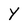
Character: Y